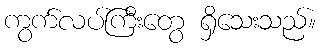
ကွက်လပ်ကြီးတွေ ရှိသေးသည်။